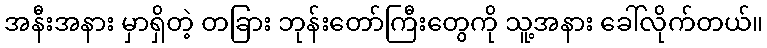
အနီးအနား မှာရှိတဲ့ တခြား ဘုန်းတော်ကြီးတွေကို သူ့အနား ခေါ်လိုက်တယ်။